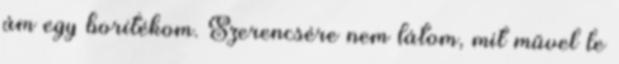
ám egy borítékom. Szerencsére nem látom, mit művel le